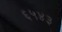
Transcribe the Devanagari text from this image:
६५४३